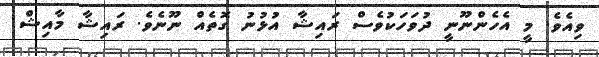
ވިއެވެ. މީ އެހެންނޫނީ ދުވަހަކުވެސް ރައިޝާ އުޅުނު ގޮތެއް ނޫނެވެ. ރައިޝާ މާއިޝް